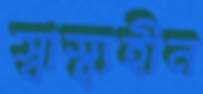
স্বাস্থ্যহীন